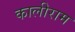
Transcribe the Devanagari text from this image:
कालीराम